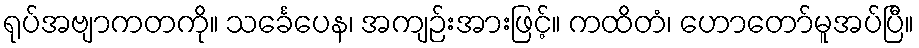
ရုပ်အဗျာကတကို။ သင်္ခေပေန၊ အကျဉ်းအားဖြင့်။ ကထိတံ၊ ဟောတော်မူအပ်ပြီ။